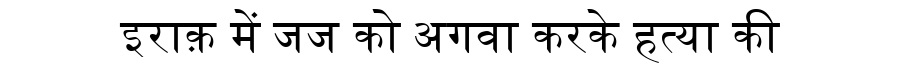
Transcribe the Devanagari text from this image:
इराक़ में जज को अगवा करके हत्या की